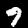
Label: 9